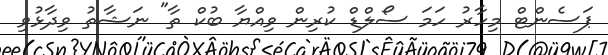
ޕަސެންޓް މިހާރު ހަމަ ސޯލްޑް ކުރިން ވިއްޔާ ބުކް ތާ" ނަޝާތު ވިދާޅުވި